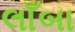
લાઁબા